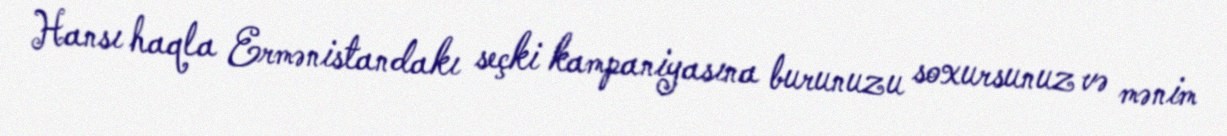
Hansı haqla Ermənistandakı seçki kampaniyasına burunuzu soxursunuz və mənim